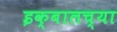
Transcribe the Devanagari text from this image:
इक्बालच्या